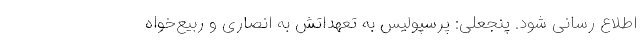
اطلاع رسانی شود. پنجعلی: پرسپولیس به تعهداتش به انصاری و ربیع‌خواه